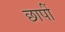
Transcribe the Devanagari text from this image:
छापीं